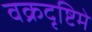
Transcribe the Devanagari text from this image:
वक्रदृष्टिमे